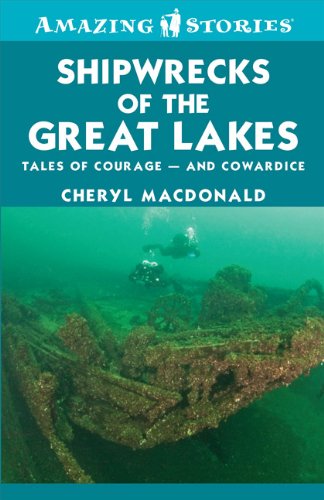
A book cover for Shipwrecks of the Great Lakes: Tales of courage -- and cowardice (Amazing Stories); Cheryl MacDonald; Children's Books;